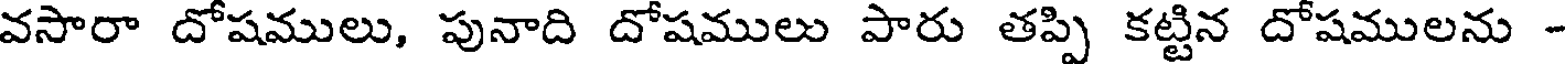
వసారా దోషములు, పునాది దోషములు పారు తప్పి కట్టిన దోషములను -